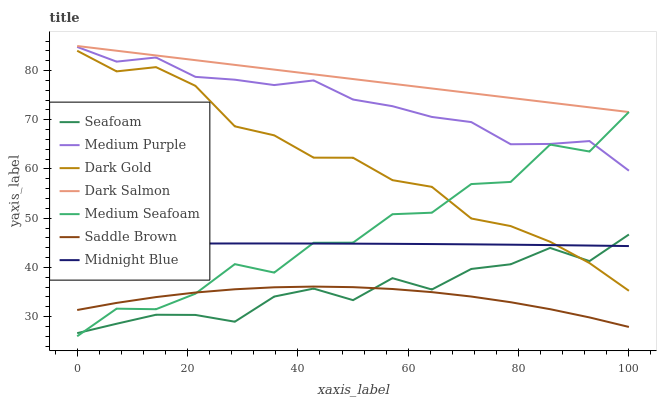
| xaxis_label | Seafoam | Medium Purple | Dark Gold | Dark Salmon | Medium Seafoam | Saddle Brown | Midnight Blue |
 | --- | --- | --- | --- | --- | --- | --- | --- |
 | 0 | 26.6 | 84.8 | 84 | 85 | 26 | 31.3 | 44.8 |
 | 7.14 | 28.5 | 81.8 | 79.8 | 84 | 31.6 | 32.8 | 44.8 |
 | 14.3 | 30.4 | 82.7 | 80.7 | 83.1 | 31.5 | 34 | 44.8 |
 | 21.4 | 30.3 | 78.7 | 76.9 | 82.1 | 34.7 | 34.9 | 44.9 |
 | 28.6 | 29 | 78.2 | 68.7 | 81.2 | 40.7 | 35.5 | 44.9 |
 | 35.7 | 34.1 | 77.1 | 66.8 | 80.2 | 38.9 | 36 | 44.9 |
 | 42.9 | 35.7 | 78 | 62.3 | 79.2 | 45 | 36.1 | 44.8 |
 | 50 | 33.3 | 74.1 | 62.3 | 78.3 | 45 | 36 | 44.8 |
 | 57.1 | 37.8 | 72.8 | 57.7 | 77.3 | 50.8 | 35.6 | 44.8 |
 | 64.3 | 35.5 | 70.6 | 56.4 | 76.4 | 51.1 | 35 | 44.7 |
 | 71.4 | 39.7 | 69.5 | 49.9 | 75.4 | 56.9 | 34.1 | 44.7 |
 | 78.6 | 40.6 | 65 | 48.4 | 74.5 | 57.4 | 32.9 | 44.6 |
 | 85.7 | 44 | 65.1 | 45.2 | 73.5 | 65 | 31.5 | 44.5 |
 | 92.9 | 41.3 | 65.7 | 40.9 | 72.5 | 63.5 | 29.8 | 44.4 |
 | 100 | 46.7 | 59.7 | 35.2 | 71.6 | 71.6 | 27.9 | 44.3 |